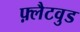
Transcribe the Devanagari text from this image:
फ़्लैटवुड